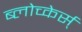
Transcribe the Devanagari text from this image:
ब्लोच्केर्स्